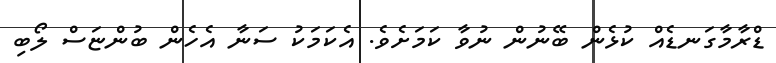
ޑްރާމާގަނޑެއް ކުޅެން ބޭނުން ނުވާ ކަމަށެވެ. އެކަމަކު ސަނާ އެހެން ބުންޏަސް ލޯބި